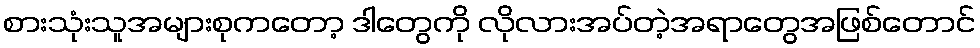
စားသုံးသူအများစုကတော့ ဒါတွေကို လိုလားအပ်တဲ့အရာတွေအဖြစ်တောင်